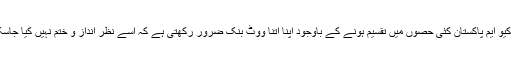
ایم کیو ایم پاکستان کئی حصوں میں تقسیم ہونے کے باوجود اپنا اتنا ووٹ بنک ضرور رکھتی ہے کہ اسے نظر انداز و ختم نہیں کیا جاسکتا۔